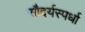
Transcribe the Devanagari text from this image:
सौदर्यस्पर्धा